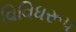
વિવિધરૂપ